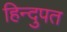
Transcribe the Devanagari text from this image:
हिन्दुपत